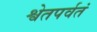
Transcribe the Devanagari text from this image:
श्वेतपर्वतं